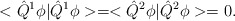
\begin{align*}<\hat{Q}^1\phi|\hat{Q}^1\phi>=<\hat{Q}^2\phi|\hat{Q}^2\phi>=0.\end{align*}